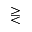
\gtreqless